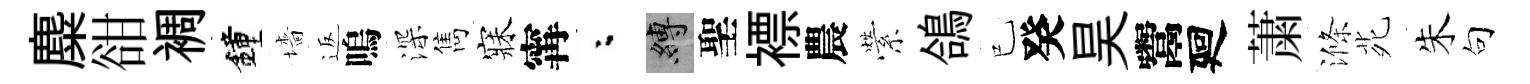
麋𧮳裯鐘墻返嗚深雋寐𡩋粉縛聖褾農縈鴿已癸昊鬻廻䔥滌𫟍朱句